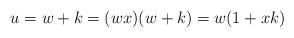
LaTeX: \begin{align*}u = w + k = (wx)(w + k) = w(1 + xk)\end{align*}